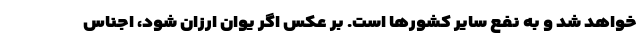
خواهد شد و به نفع سایر کشورها است. بر عکس اگر یوان ارزان شود، اجناس